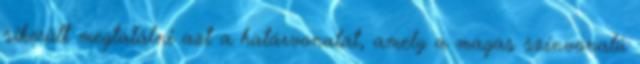
sikerült megtalálni azt a határvonalat, amely a magas színvonalú